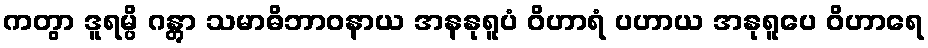
ကတွာ ဒူရမ္ပိ ဂန္တွာ သမာဓိဘာဝနာယ အနနုရူပံ ဝိဟာရံ ပဟာယ အနုရူပေ ဝိဟာရေ